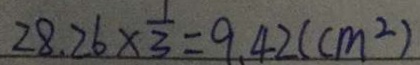
2 8 . 2 6 \times \frac { 1 } { 3 } = 9 . 4 2 ( c m ^ { 2 } )